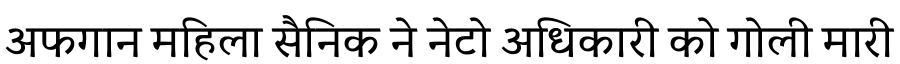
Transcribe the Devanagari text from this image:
अफगान महिला सैनिक ने नेटो अधिकारी को गोली मारी